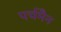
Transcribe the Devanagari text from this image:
पर्चमैन